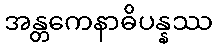
အန္တကေနာဓိပန္နဿ